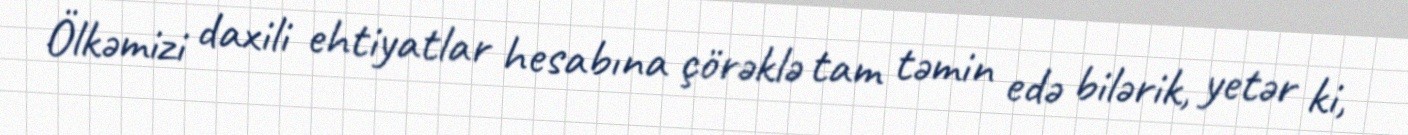
Ölkəmizi daxili ehtiyatlar hesabına çörəklə tam təmin edə bilərik, yetər ki,